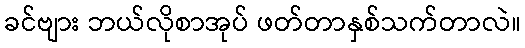
ခင်ဗျား ဘယ်လိုစာအုပ် ဖတ်တာနှစ်သက်တာလဲ။